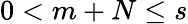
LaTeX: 0<m+N\le s